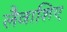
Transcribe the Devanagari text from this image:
लैवाशिए